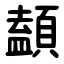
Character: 䫦